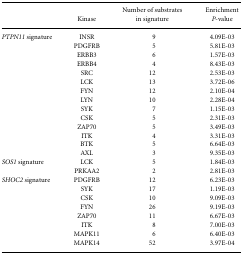
<table><thead><tr><td></td><td><b>Kinase</b></td><td><b>Number of substrates in signature</b></td><td><b>Enrichment <i>P</i>-value</b></td></tr></thead><tbody><tr><td><i>PTPN11</i> signature</td><td>INSR</td><td>9</td><td>4.09E-03</td></tr><tr><td></td><td>PDGFRB</td><td>5</td><td>5.81E-03</td></tr><tr><td></td><td>ERBB3</td><td>6</td><td>1.57E-03</td></tr><tr><td></td><td>ERBB4</td><td>4</td><td>8.43E-03</td></tr><tr><td></td><td>SRC</td><td>12</td><td>2.53E-03</td></tr><tr><td></td><td>LCK</td><td>13</td><td>3.72E-06</td></tr><tr><td></td><td>FYN</td><td>12</td><td>2.10E-04</td></tr><tr><td></td><td>LYN</td><td>10</td><td>2.28E-04</td></tr><tr><td></td><td>SYK</td><td>7</td><td>1.15E-03</td></tr><tr><td></td><td>CSK</td><td>5</td><td>2.31E-03</td></tr><tr><td></td><td>ZAP70</td><td>5</td><td>3.49E-03</td></tr><tr><td></td><td>ITK</td><td>4</td><td>3.31E-03</td></tr><tr><td></td><td>BTK</td><td>5</td><td>6.64E-03</td></tr><tr><td></td><td>AXL</td><td>3</td><td>9.35E-03</td></tr><tr><td><i>SOS1</i> signature</td><td>LCK</td><td>5</td><td>1.84E-03</td></tr><tr><td></td><td>PRKAA2</td><td>2</td><td>2.81E-03</td></tr><tr><td><i>SHOC2</i> signature</td><td>PDGFRB</td><td>12</td><td>6.23E-03</td></tr><tr><td></td><td>SYK</td><td>17</td><td>1.19E-03</td></tr><tr><td></td><td>CSK</td><td>10</td><td>9.09E-03</td></tr><tr><td></td><td>FYN</td><td>26</td><td>9.19E-03</td></tr><tr><td></td><td>ZAP70</td><td>11</td><td>6.67E-03</td></tr><tr><td></td><td>ITK</td><td>8</td><td>7.00E-03</td></tr><tr><td></td><td>MAPK11</td><td>6</td><td>6.40E-03</td></tr><tr><td></td><td>MAPK14</td><td>52</td><td>3.97E-04</td></tr></tbody></table>